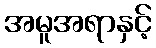
အမူအရာနှင့်